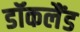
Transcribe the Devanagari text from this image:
डॉकलैंड